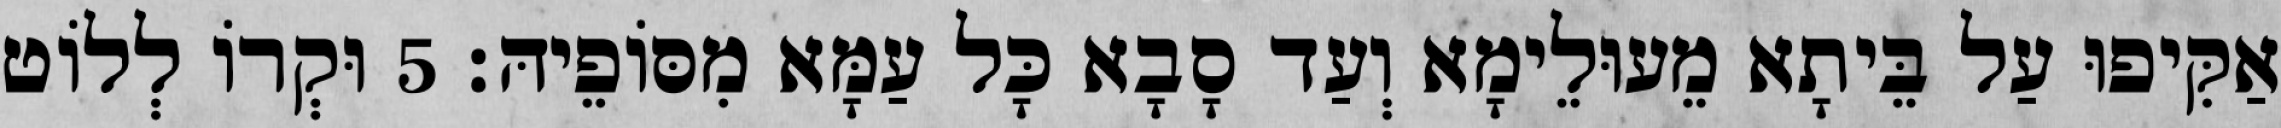
אַקִּיפוּ עַל בֵּיתָא מֵעוּלֵימָא וְעַד סָבָא כָּל עַמָּא מִסּוֹפֵיהּ׃ 5 וּקְרוֹ לְלוֹט